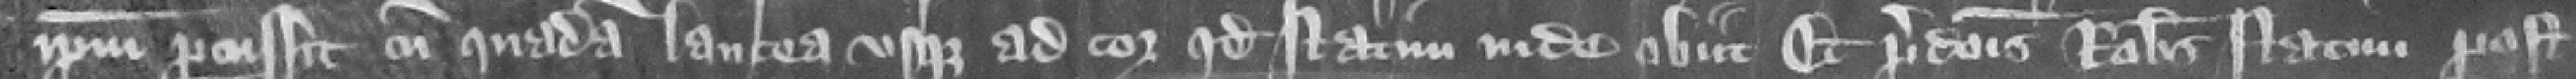
ipsum percussit cum quadam lancea vsque ad cor. quod statim inde obiit et predicts Robertus statim post